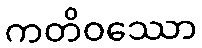
ကတိဝဿော